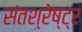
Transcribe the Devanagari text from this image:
संतश्रेष्ट्र